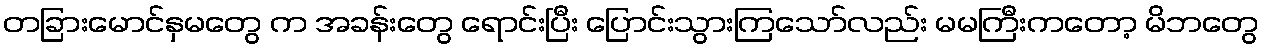
တခြားမောင်နှမတွေ က အခန်းတွေ ရောင်းပြီး ပြောင်းသွားကြသော်လည်း မမကြီးကတော့ မိဘတွေ